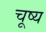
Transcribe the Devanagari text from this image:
चूष्य